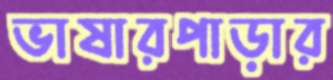
ভাষারপাড়ার